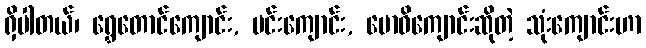
ရှိပါတယ်၊ ရွှေတောင်ကျောင်း, ပင်းကျောင်း, ဗောဓိကျောင်းဆိုတဲ့ သုံးကျောင်းဟာ